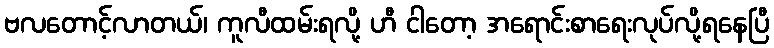
ဗလတောင့်လာတယ်၊ ကူလီထမ်းရလို့ ဟီ ငါတော့ အရောင်းစာရေးလုပ်လို့ရနေပြီ